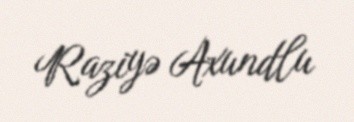
Raziyə Axundlu